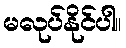
မလုပ်နိုင်ပါ။